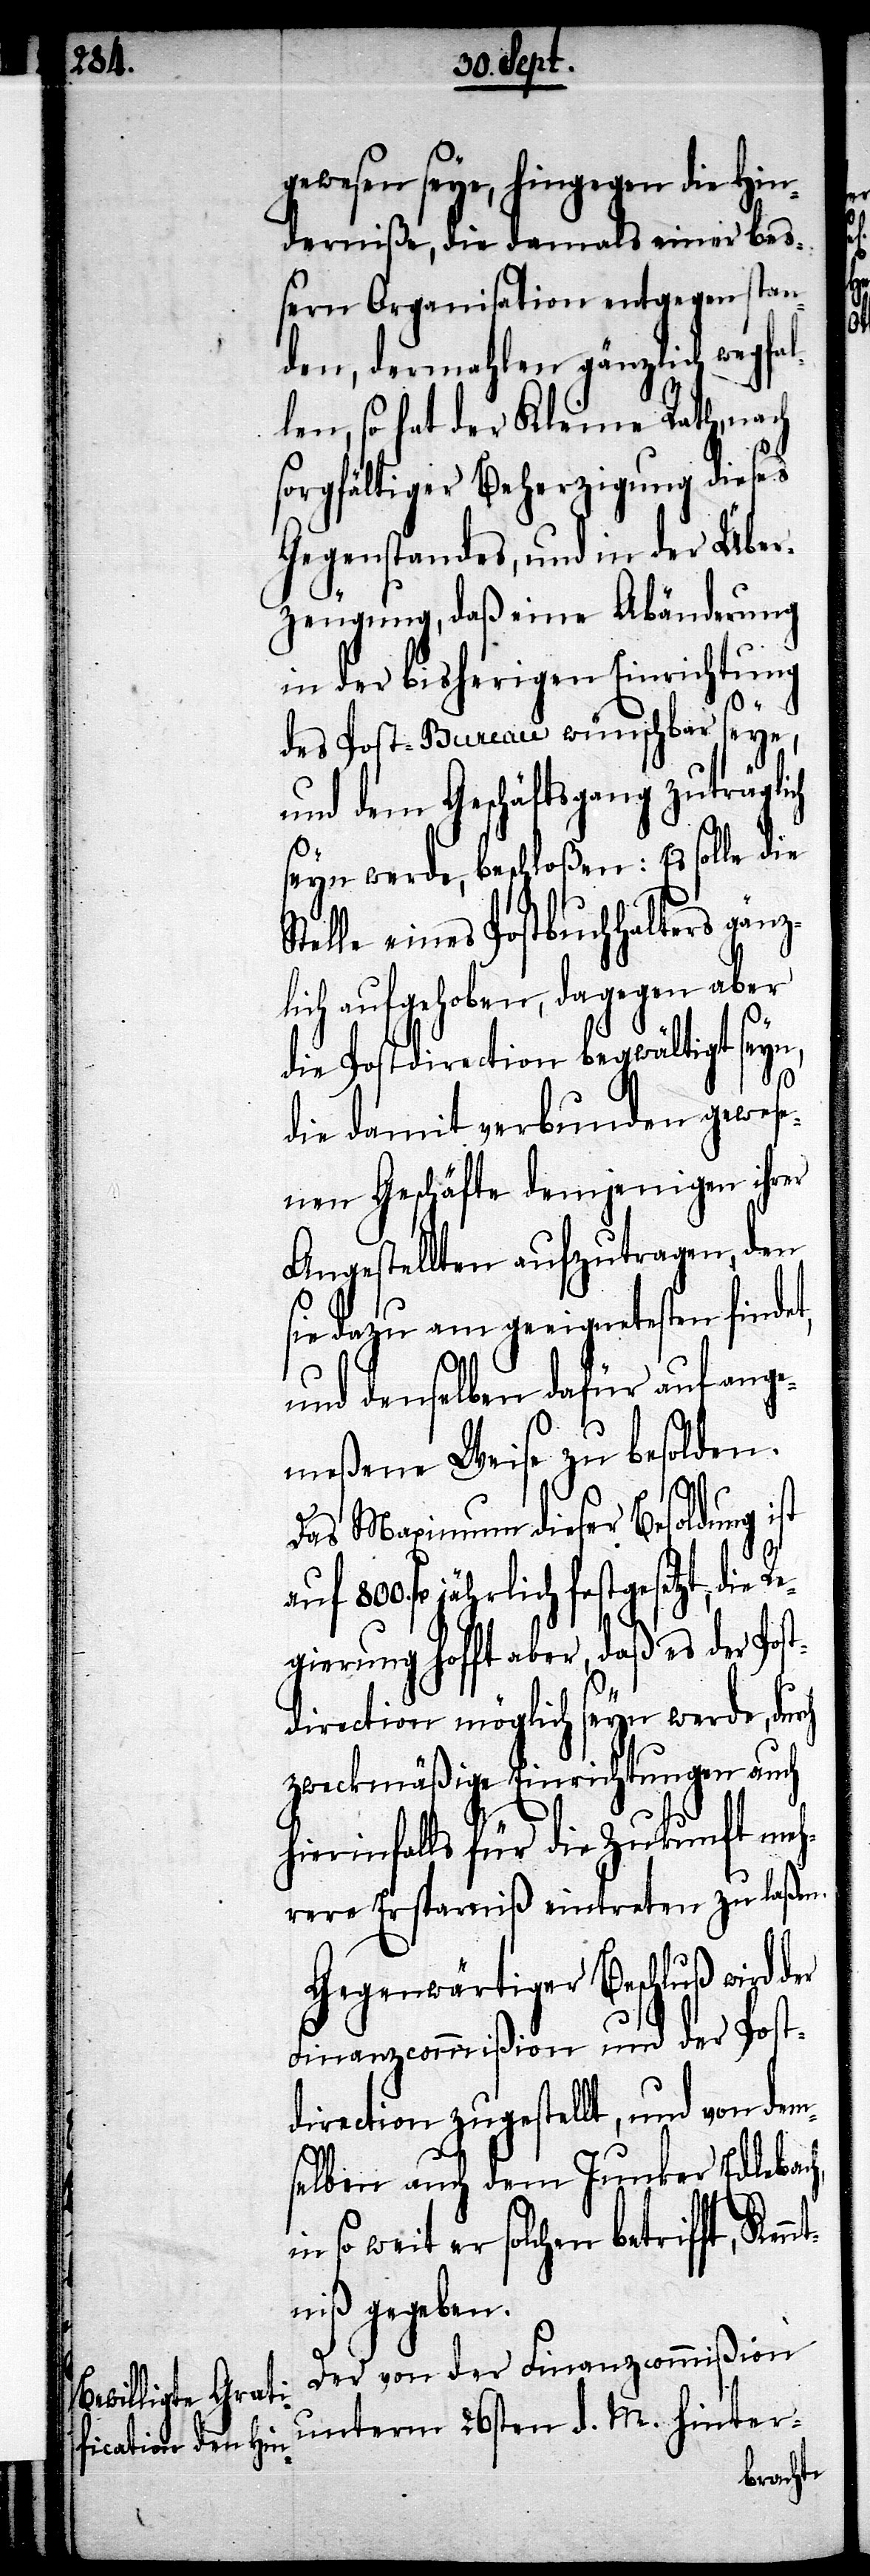
gewesen seye, hingegen die Hin¬
derniße, die damals einer be¬
ßern Organisation entgegen stan¬
den, dermahlen gänzlich wegfal¬
len, so hat der Kleine Rath, nach
sorgfältiger Beherzigung dieses
Gegenstandes, und in der Über¬
zeugung, daß eine Abänderung
in der bisherigen Einrichtung
h¬
des Post-Bureau wünschbar seye,
und dem Geschäftsgang zuträgli¬
seyn werde, beschloßen: Es solle die
Stelle eines Postbuchhalters gänz¬
lich aufgehoben, dagegen aber
die Postdirection bewältigt seyn,
ch
die damit verbunden gewese¬
nen Geschäfte demjenigen ihrer
Angestellten aufzutragen, den
sie dazu am geeignetesten findet,
und denselben dafür auf ange¬
meßene Weise zu besolden.
Das Maximum dieser Besoldung ist
nt¬
fl. jährlich festgesetzt, die
egierung hofft aber, daß es der Post¬
direction möglich seyn werde, du¬
zweckmäßige Einrichtungen auch
ierinfalls für die Zukunft me¬
hrere Ersparniß eintreten zu laßen.
Gegenwärtiger Beschluß wird
Finanzcommißion und der Post¬
direction zugestellt, und von dem¬
selben auch dem Junker Edlebach,
in so weit er solchen betrifft, Ken¬
niß gegeben.
Der von der Finanzcommißion
unterm 26sten d. M. hinter-
rch